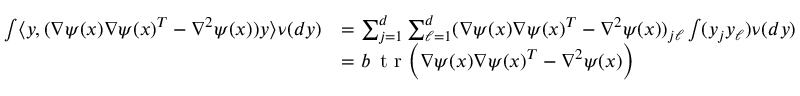
\begin{array} { r l } { \int \langle y , ( \nabla \psi ( x ) \nabla \psi ( x ) ^ { T } - \nabla ^ { 2 } \psi ( x ) ) y \rangle \nu ( d y ) } & { = \sum _ { j = 1 } ^ { d } \sum _ { \ell = 1 } ^ { d } ( \nabla \psi ( x ) \nabla \psi ( x ) ^ { T } - \nabla ^ { 2 } \psi ( x ) ) _ { j \ell } \int ( y _ { j } y _ { \ell } ) \nu ( d y ) } \\ & { = b \, \textnormal { t r } \Big ( \nabla \psi ( x ) \nabla \psi ( x ) ^ { T } - \nabla ^ { 2 } \psi ( x ) \Big ) } \end{array}